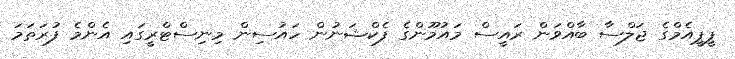
ޕީޕީއެމްގެ ޖަލްސާ ބާއްވަން ރައީސް މައުމޫންގެ ފެކްޝަނުން ހައުސިން މިނިސްޓްރީގައި އެންމެ ފުރަތަމަ